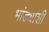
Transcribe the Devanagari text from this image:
भांड्यांशी